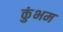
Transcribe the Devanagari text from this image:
कुंभम